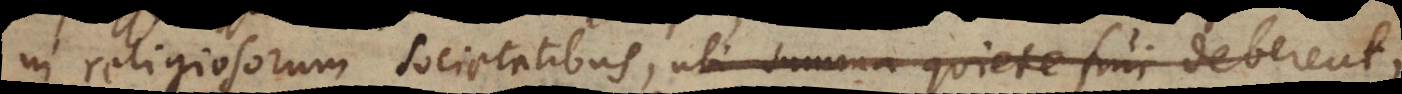
eligiosorum societatibus, ubi summa quiete frui deberent,